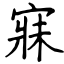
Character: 寐